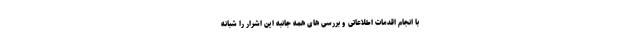
با انجام اقدمات اطلاعاتی و بررسی های همه جانبه این اشرار را شبانه